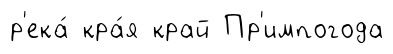
р'ека́ кра́я край Пр'импогода